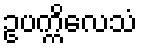
ဥပက္ကိလေသံ